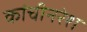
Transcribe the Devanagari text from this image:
कांचीनरेश